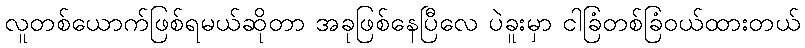
လူတစ်ယောက်ဖြစ်ရမယ်ဆိုတာ အခုဖြစ်နေပြီလေ ပဲခူးမှာ ငါခြံတစ်ခြံဝယ်ထားတယ်